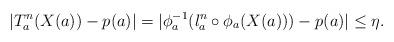
LaTeX: \begin{align*} |T_a^n(X(a)) - p(a)| = |\phi_a^{-1}(l_a^n \circ \phi_a(X(a))) - p(a)| \leq \eta. \end{align*}